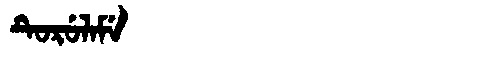
Manchu: ᡨᡠᡵᡠᠯᠠᠮᡝ
Romanization: TURULAME